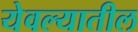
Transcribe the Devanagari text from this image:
येवल्यातील